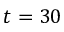
t = 3 0